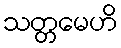
သတ္တမေဟိ